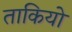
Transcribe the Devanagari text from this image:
ताकियो